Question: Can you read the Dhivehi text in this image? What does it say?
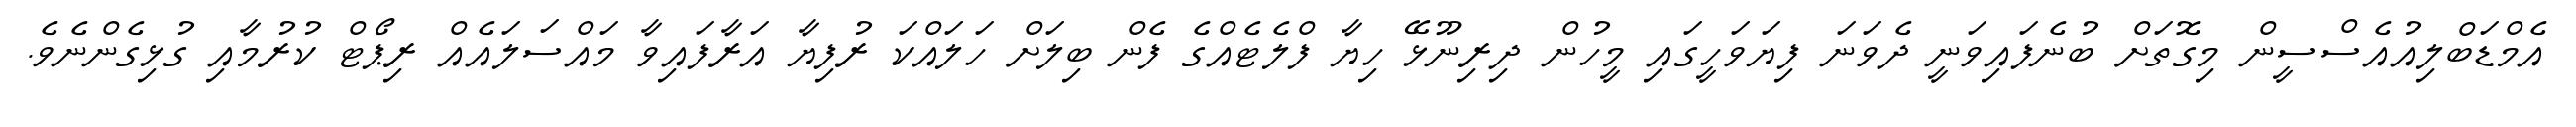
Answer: އެމްޑަބްލިއުއެސްސީން މިގޮތަށް ބުނެފައިވަނީ ދެވަނަ ފިޔަވަހީގައި މީހުން ދިރިނޫޅޭ ހިޔާ ފްލެޓެއްގެ ފެން ބިލަށް ހަލައްކަ ރުފިޔާ އަރާފައިވާ މައްސަލައެއް ރިޕޯޓް ކުރުމާއި ގުޅިގެންނެވެ.